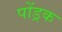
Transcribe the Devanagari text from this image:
पोंड्रक